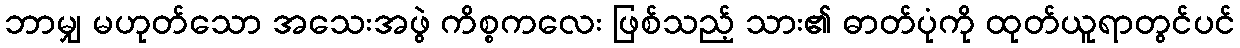
ဘာမျှ မဟုတ်သော အသေးအဖွဲ ကိစ္စကလေး ဖြစ်သည့် သား၏ ဓာတ်ပုံကို ထုတ်ယူရာတွင်ပင်